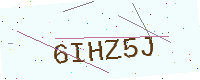
Text: 6IHZ5J